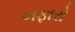
બફારો